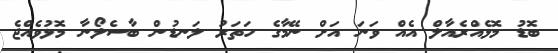
ބޮޑު މޮޅެއްރެއާލް އެއް ވަނަ އަށް ނޭމާގެ ހަތަރު ލަނޑުން ބާސެލޯނާ މޮޅުވެއްޖެ